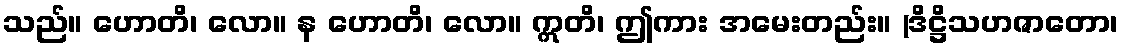
သည်။ ဟောတိ၊ လော။ န ဟောတိ၊ လော။ ဣတိ၊ ဤကား အမေးတည်း။ (ဒိဋ္ဌိသဟဇာတော၊